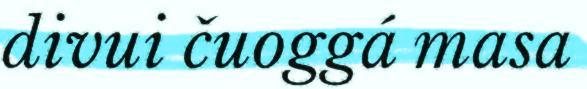
divui čuoggá masa